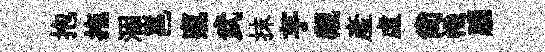
抱拖涸邕窺武抹芋覯産虛尚幟腦